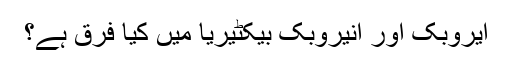
ایروبک اور انیروبک بیکٹیریا میں کیا فرق ہے؟